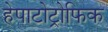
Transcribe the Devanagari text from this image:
हेपाटोट्रोफिक